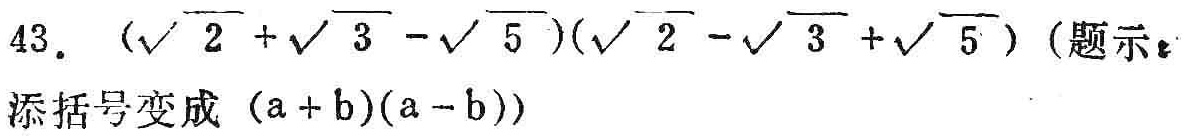
$43. (\sqrt{2}+\sqrt{3}-\sqrt{5})(\sqrt{2}-\sqrt{3}+\sqrt{5})（题示：添括号变成（a + b)(a - b)）$